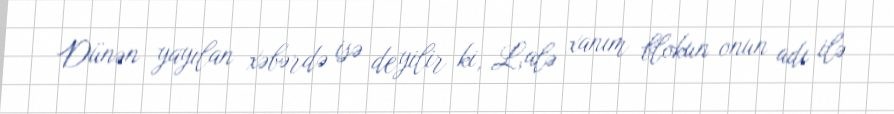
Dünən yayılan xəbərdə isə deyilir ki, Lalə xanım blokun onun adı ilə